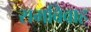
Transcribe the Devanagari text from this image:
रामविवाह